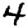
Digit: 4